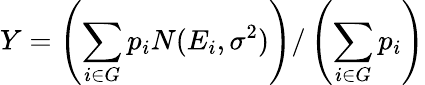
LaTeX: Y=\left(\sum_{i\in G}p_{i}N(E_{i},\sigma^{2})\right)/\left(\sum_{i\in G}p_{i}\right)